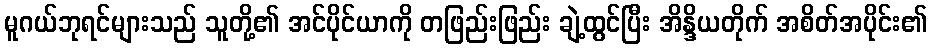
မူဂယ်ဘုရင်များသည် သူတို့၏ အင်ပိုင်ယာကို တဖြည်းဖြည်း ချဲ့ထွင်ပြီး အိန္ဒိယတိုက် အစိတ်အပိုင်း၏